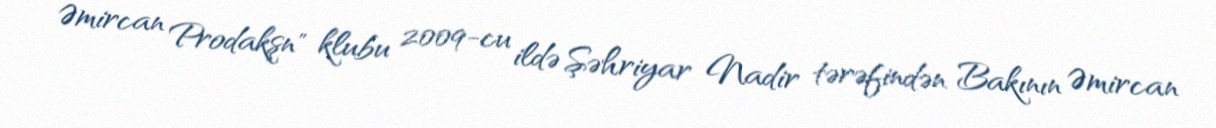
Əmircan Prodakşn" klubu 2009-cu ildə Şəhriyar Nadir tərəfindən Bakının Əmircan